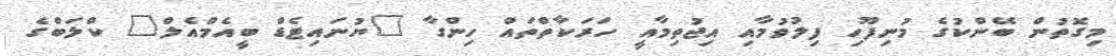
މިގޮތުން ބޭންކުގެ މުނިފޫހި ފިލުވުމާއި އިޖުތިމާއީ ހަރަކާތްތައް ހިންގާ "ޔުނައިޓެޑް ބީއެމްއެލް" ކްލަބްގެ